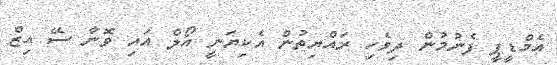
އެމްޑީޕީ ފެނުމުން ދިވެހި ރައްޔިތުން އެކިޔަނީ އޯލް އައި ވޮނާ ސޭ އިޒް